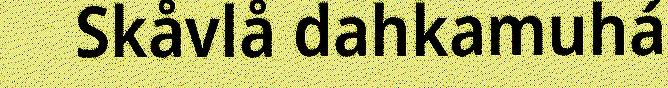
Skåvlå dahkamuhá